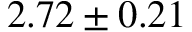
2 . 7 2 \pm 0 . 2 1